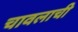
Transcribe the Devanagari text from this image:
चावलाची